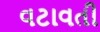
વટાવતી